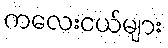
ကလေးငယ်များ